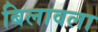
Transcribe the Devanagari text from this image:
बिलावला